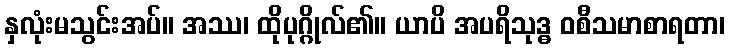
နှလုံးမသွင်းအပ်။ အဿ၊ ထိုပုဂ္ဂိုလ်၏။ ယာပိ အပရိသုဒ္ဓ ဝစီသမာစာရတာ၊